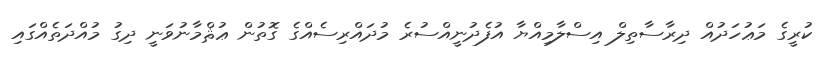
ކުރީގެ މަޢުހަދުއް ދިރާސާތިލް އިސްލާމިއްޔާ އުފެދުނީއްސުރެ މުދައްރިސެއްގެ ގޮތުން ޢުޘްމާނުވަނީ ދިގު މުއްދަތެއްގައި